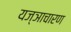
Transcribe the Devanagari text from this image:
यज्ञाचारण